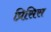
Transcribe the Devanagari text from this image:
प्रिसिस